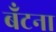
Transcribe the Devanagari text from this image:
बँटना